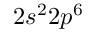
2 s ^ { 2 } 2 p ^ { 6 }